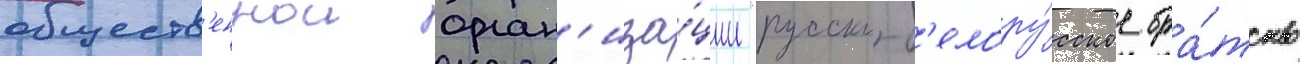
обществ'еннои орган'иза́ции "русско-б'елору́сское бра́тство